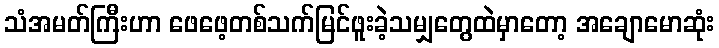
သံအမတ်ကြီးဟာ ဖေဖေ့တစ်သက်မြင်ဖူးခဲ့သမျှတွေထဲမှာတော့ အချောမောဆုံး